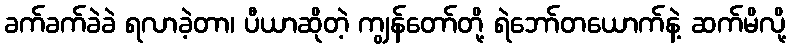
ခက်ခက်ခဲခဲ ရလာခဲ့တာ၊ ပီယာဆိုတဲ့ ကျွန်တော်တို့ ရဲဘော်တယောက်နဲ့ ဆက်မိလို့